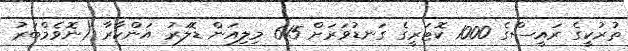
ތުރުކީގެ ރައީސްގެ 1000 ކޮޓަރީގެ ގަނޑުވަރަށް 615 މިލިއަން ޑޮލަރު އަންކާރާ (ނޮވެމްބަރު